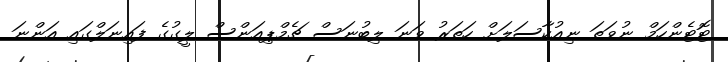
ޓޮޓެންހަމް ނުވަތަ ނިއުކާސަލަށް ހަތަރު ވަނަ ލިބުނަސް ޗެމްޕިއަންސް ލީގުގެ ފައިނަލްގައި އަންނަ